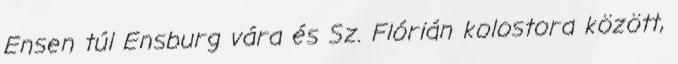
Ensen túl Ensburg vára és Sz. Flórián kolostora között,